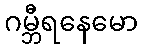
ဂမ္ဘီရနေမော